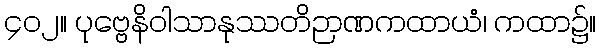
၄၀၂။ ပုဗ္ဗေနိဝါသာနုဿတိဉာဏကထာယံ၊ ကထာ၌။